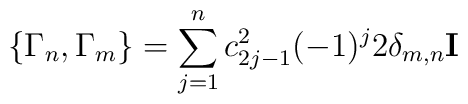
\{ \Gamma_n , \Gamma_m \} = \sum_{j=1}^n c_{2j-1}^2 (-1)^j 2 \delta_{m,n} {\bf I}